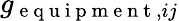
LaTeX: g_{\mathrm{~e~q~u~i~p~m~e~n~t~},ij}